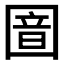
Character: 𫭏